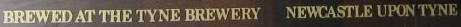
BREWED AT THE TYNE BREWERY NEWCASTLE UPON TYNE